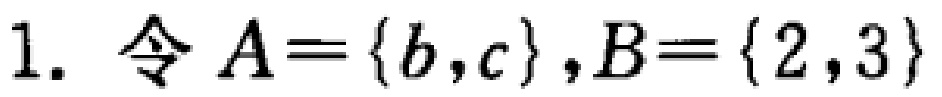
1. 令 \(A = \{b,c\},B = \{2,3\}\)